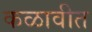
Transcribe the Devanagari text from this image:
कळावीत